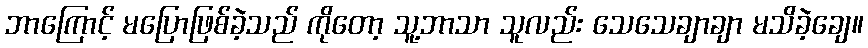
ဘာကြောင့် မပြောဖြစ်ခဲ့သည် ကိုတော့ သူ့ဘာသာ သူလည်း သေသေချာချာ မသိခဲ့ချေ။